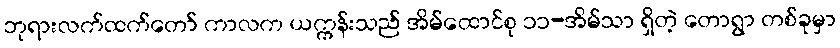
ဘုရားလက်ထက်တော် ကာလက ယက္ကန်းသည် အိမ်ထောင်စု ၁၁-အိမ်သာ ရှိတဲ့ တောရွာ တစ်ခုမှာ